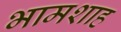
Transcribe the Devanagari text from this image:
भामशाह